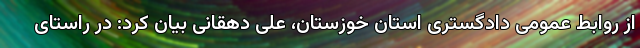
از روابط عمومی دادگستری استان خوزستان، علی دهقانی بیان کرد: در راستای